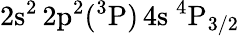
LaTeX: \mathrm{2s^{2}\, 2p^{2}(^{3}P)\, 4s~^{4}P_{3/2}}